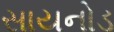
સાયનોડ